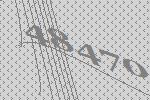
48470